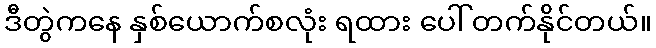
ဒီတွဲကနေ နှစ်ယောက်စလုံး ရထား ပေါ် တက်နိုင်တယ်။